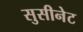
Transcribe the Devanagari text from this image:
सुसीनेट